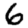
Digit: 6